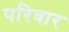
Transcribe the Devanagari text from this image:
परिवार